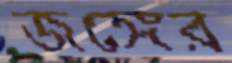
জঙ্গের